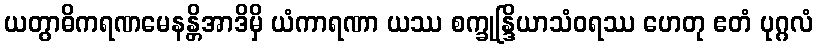
ယတွာဓိကရဏမေနန္တိအာဒိမှိ ယံကာရဏာ ယဿ စက္ခုန္ဒြိယာသံဝရဿ ဟေတု ဧတံ ပုဂ္ဂလံ